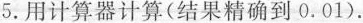
5.用计算器计算(结果精确到0.01).